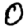
Digit: 0